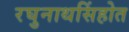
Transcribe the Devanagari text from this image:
रघुनाथसिंहोत